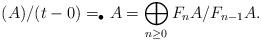
LaTeX: \begin{align*}(A)/(t - 0) = _\bullet A = \bigoplus_{n \geq 0} F_nA/F_{n-1}A.\end{align*}